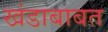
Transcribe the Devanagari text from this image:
खंडाबाबत